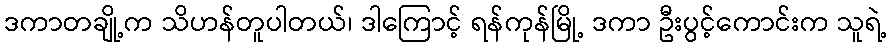
ဒကာတချို့က သိဟန်တူပါတယ်၊ ဒါကြောင့် ရန်ကုန်မြို့ ဒကာ ဦးပွင့်ကောင်းက သူရဲ့